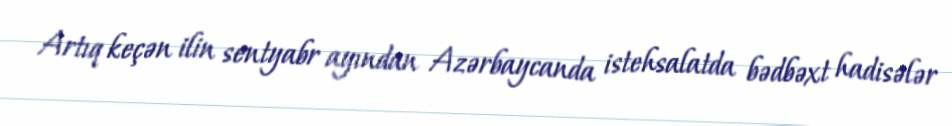
Artıq keçən ilin sentyabr ayından Azərbaycanda istehsalatda bədbəxt hadisələr